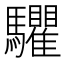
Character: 𩧘